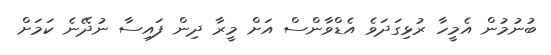
ބުނުމުން އެމީހާ ރުޅިގަދަވެ އެޑްވާންސް އަށް މީރާ ދިން ފައިސާ ނުދޭނެ ކަމަށް